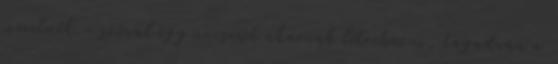
szeretnék – szóval egy unisexet akarnak létrehozni, tagadván a